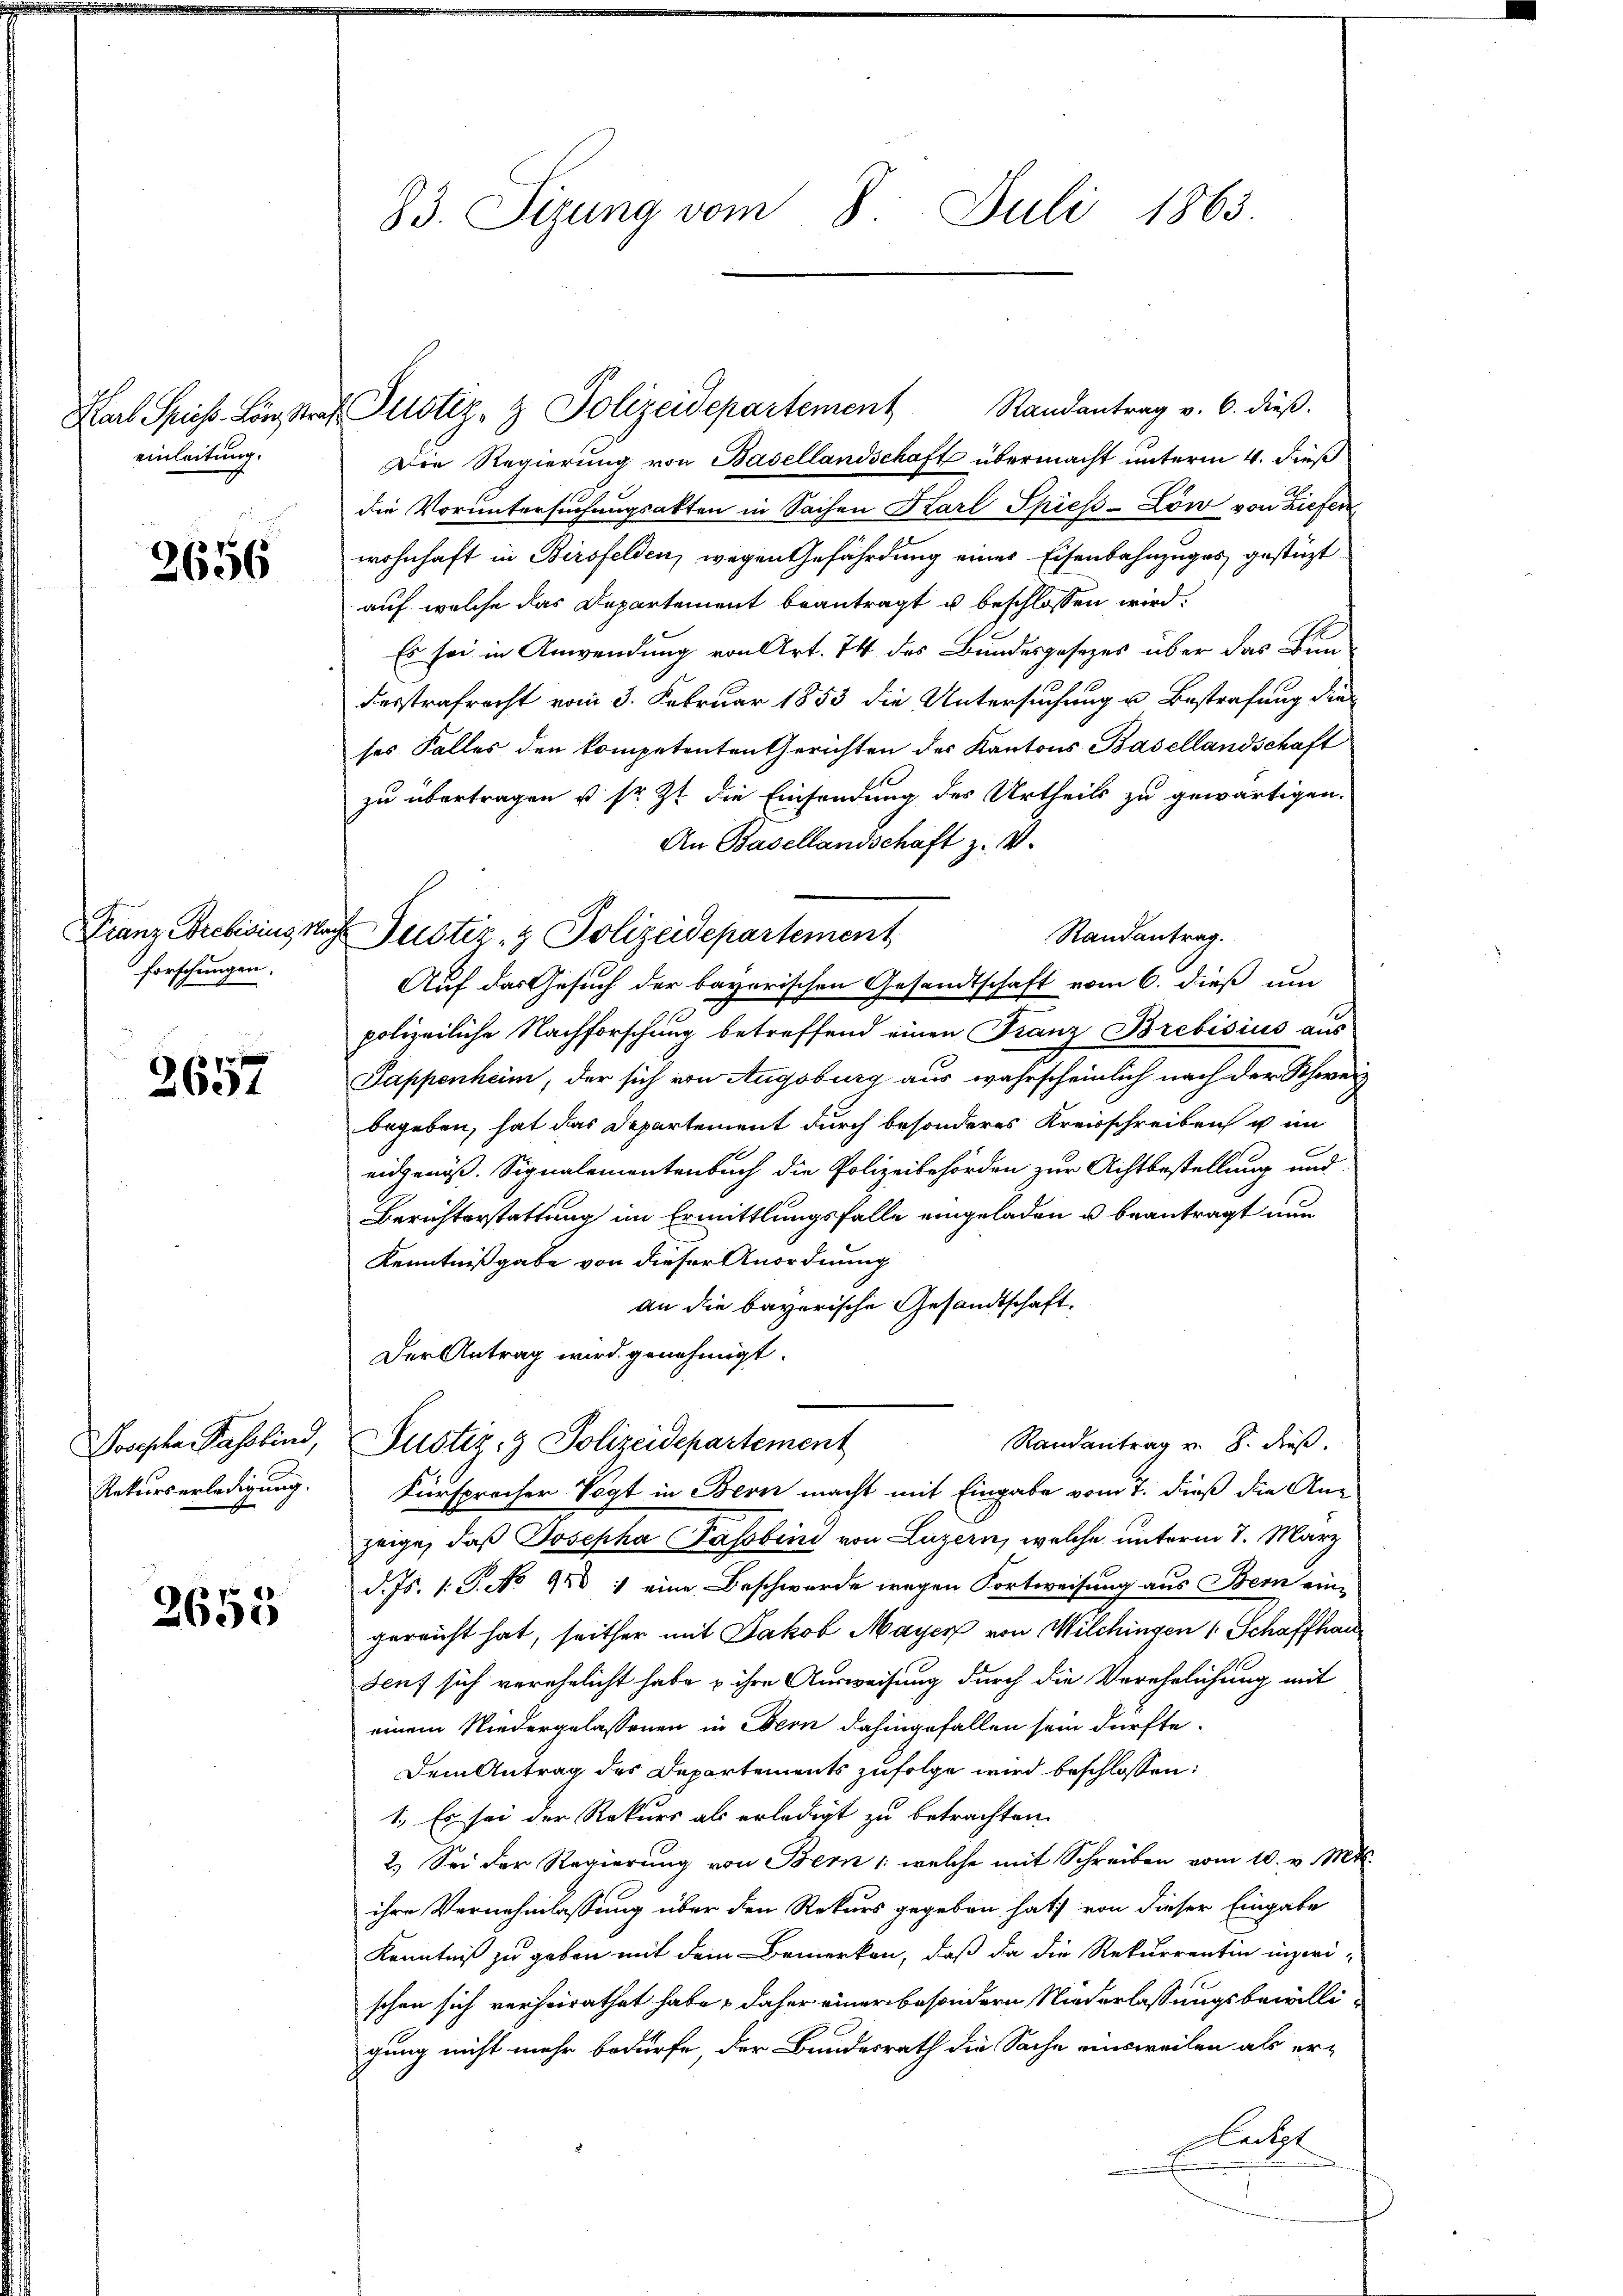
Karl Spieß. Löwi Str
einleitung.

2656

Franz Prebising 1.
forschungen.

2657

Josepha Passkind,
Rekurserledigung.

2655

83. Sizung vom 8. Juli 1863.

x Justiz- & Polizeidepartement Randantrag v. 6. dieβ.
Die Regierung von Basellandschaft übermacht unterm 4. dieß
die Voruntersuchungsakten in Sachen Karl Spiess-Löw von Liefer
wohnhaft in Birsfelden, wegen Gefährdung eines Eisenbahnzuges gestüzt
auf welche das Departement beantragt u beschlossen wird.
Es sei in Anwendung von Art. 74 des Bundesgesezes über das Bundesstrafrecht vom 3. Februar 1853 die Untersuchung u. Bestrafung dieses Falles den kompetenten Gerichten des Kantons Basellandschaft
zu übertragen u. sr. Zt. die Einsendung des Urtheils zu gewärtigen.
An Basellandschaft z. V.
Randantrag.
Justiz- & Polizeidepartement
Auf das Gesuch der bayerischen Gesandtschaft vom 6. dieß um
polizeiliche Nachforschung betreffend einen Franz Brebisius aus
Sappenheim, der sich von Augsburg aus wahrscheinlich nach der Schweiz
begeben, hat das Departement durch besonderes Kreisschreiben u im
e
eidgenöß. Signalementenbuch die Polizeibehörden zur Achtbestellung und
Berichterstattung im Ermittlungsfalle eingeladen u beantragt nun
Kenntnißgabe von dieser Anordnung
an die bayerische Gesandtschaft.
Der Antrag wird genehmigt.
Randantrag v. 8. dieß.
Justiz- & Polizeidepartement
Fürsprocher Vogt in Bern macht mit Eingabe vom 7. dieß die Anzeige, daß Josepha Tassbend von Luzern, welche unterm 1. März
d. Js. 1. G. No 948 : eine Beschwerde wegen Fortweisung aus Bern ein-
gereicht hat, seither mit Jakob Mayer von Wilchingen 1 Schaffhau
Seuf sich verehelicht habe u ihre Ausweisung durch die Verehelichung mit
einem Niedergelassenen in Bern dahingefallen sein dürfte.
Dem Antrag des Departements zufolge wird beschlossen:
1., Es sei der Rekurs als erledigt zu betrachten.
2.) Sei der Regierung von Bern /: welche mit Schreiben vom 10. v. Mts.
ihre Vernehmlassung über den Rekurs gegeben hat) von dieser Eingabe
Kenntniß zu geben mit dem Bemerken, daß da die Rekurrentin inzwischon sich verheirathet habe, daher einer besondern Niederlassungsbewilligung nicht mehr bedürfe der Bundesrath die Sache einsweilen als er-
atl